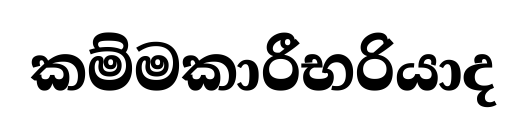
කම්මකාරීභරියාද